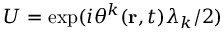
U = \exp ( i \theta ^ { k } ( { \mathbf { r } } , t ) \lambda _ { k } / 2 )